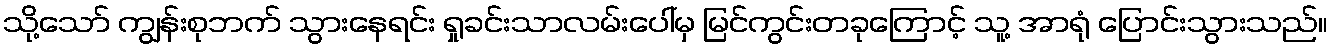
သို့သော် ကျွန်းစုဘက် သွားနေရင်း ရှုခင်းသာလမ်းပေါ်မှ မြင်ကွင်းတခုကြောင့် သူ့ အာရုံ ပြောင်းသွားသည်။